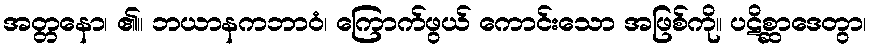
အတ္တနော၊ ၏။ ဘယာနကဘာဝံ၊ ကြောက်ဖွယ် ကောင်းသော အဖြစ်ကို။ ပဋိစ္ဆာဒေတွာ၊